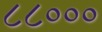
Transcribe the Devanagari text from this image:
८८०००